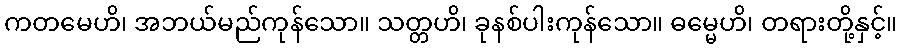
ကတမေဟိ၊ အဘယ်မည်ကုန်သော။ သတ္တဟိ၊ ခုနစ်ပါးကုန်သော။ ဓမ္မေဟိ၊ တရားတို့နှင့်။